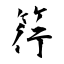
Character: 筕